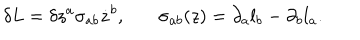
LaTeX: \delta L = \delta z ^ { a } \sigma _ { a b } \dot { z } ^ { b } , \ \ \ \sigma _ { a b } ( z ) = \partial _ { a } l _ { b } - \partial _ { b } l _ { a } .